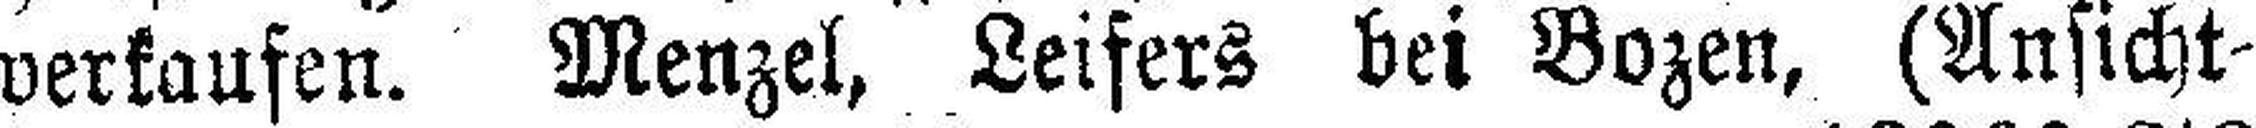
verkaufen. Menzel, Leifers bei Bozen, (Ansicht¬